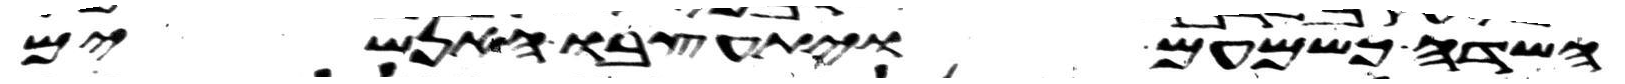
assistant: השדה כשמעם ויתעצבו האנשים